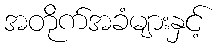
အတိုက်အခံများနှင့်